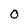
Character: 0